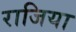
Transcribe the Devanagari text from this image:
राजिया